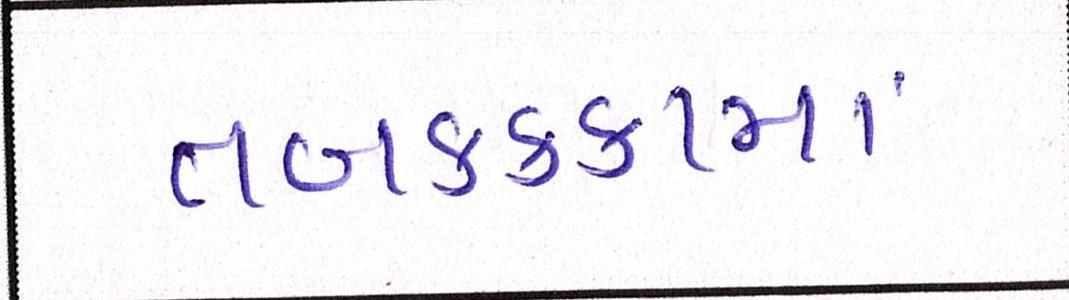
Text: તબકક્કામાં